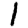
Digit: 1